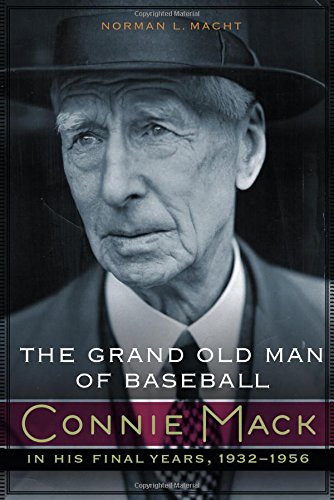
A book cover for The Grand Old Man of Baseball: Connie Mack in His Final Years, 1932-1956; Norman L. Macht; Business & Money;